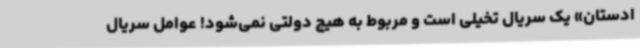
ادستان» یک سریال تخیلی است و مربوط به هیچ دولتی نمی‌شود! عوامل سریال